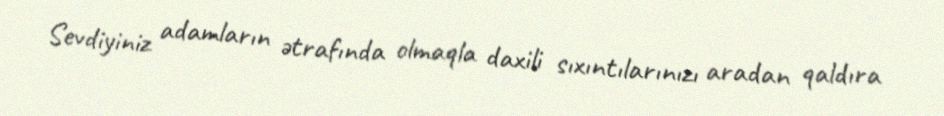
Sevdiyiniz adamların ətrafında olmaqla daxili sıxıntılarınızı aradan qaldıra